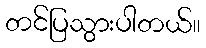
တင်ပြသွားပါတယ်။